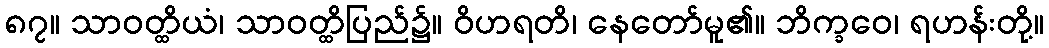
၈၇။ သာဝတ္ထိယံ၊ သာဝတ္ထိပြည်၌။ ဝိဟရတိ၊ နေတော်မူ၏။ ဘိက္ခဝေ၊ ရဟန်းတို့။